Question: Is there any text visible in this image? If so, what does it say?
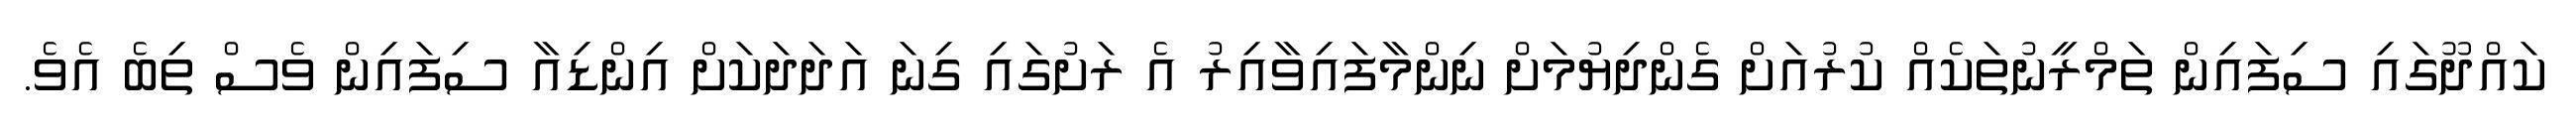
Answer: ކައްދޫގައި ސިފައިން ތަމްރީނުތަކެއް ކުރުއަށް ގެންދިޔުމަށް ނިންމާފައިވާއިރު އެ ރަށުގައި ގިނަ އަދަދަކަށް އިންޑިއާ ސިފައިން ވެސް ތިބެ އެވެ.